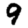
Digit: 9